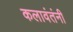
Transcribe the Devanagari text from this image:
कलावंतंनी